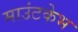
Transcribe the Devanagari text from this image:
माउंटकेभ